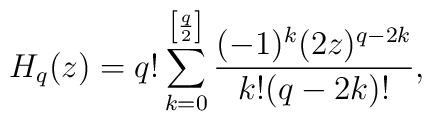
H_q(z)=q!\sum_{k=0}^{\left[\frac q2\right]}\frac {(-1)^k(2z)^{q-2k}}{k!(q-2k)!},